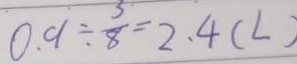
0 . 9 \div \frac { 3 } { 8 } = 2 . 4 ( L )